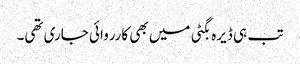
تب ہی ڈیرہ بگٹی میں بھی کارروائی جاری تھی۔